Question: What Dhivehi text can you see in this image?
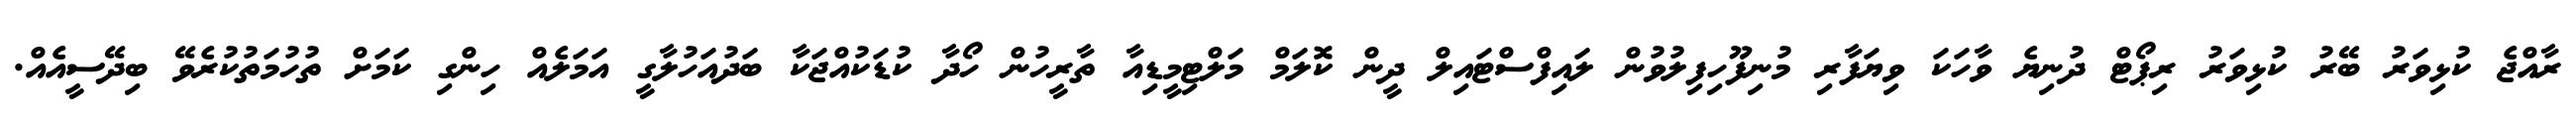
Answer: ރާއްޖެ ކުޅިވަރު ބޭރު ކުޅިވަރު ރިޕޯޓް ދުނިޔެ ވާހަކަ ވިޔަފާރި މުނިފޫހިފިލުވުން ލައިފްސްޓައިލް ދީން ކޮލަމް މަލްޓިމީޑިއާ ތާރީހުން ހޯދާ ކުޑަކުއްޖަކާ ބަދުއަހުލާގީ އަމަލެއް ހިންގި ކަމަށް ތުހުމަތުކުރެވޭ ބިދޭސީއެއް.